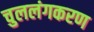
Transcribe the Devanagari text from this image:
चुललंगकरण